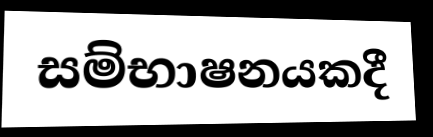
සම්භාෂනයකදී